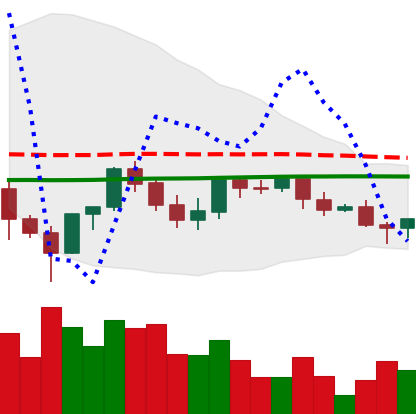
Ticker: LINK-USD
Chart end date: 2021-06-09
Forward return: -6.682%
Label: down_5_7